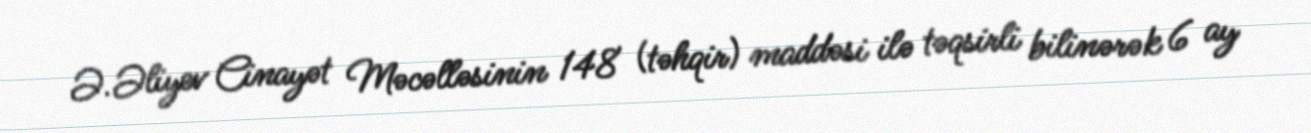
Ə.Əliyev Cinayət Məcəlləsinin 148 (təhqir) maddəsi ilə təqsirli bilinərək 6 ay